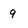
Character: 9